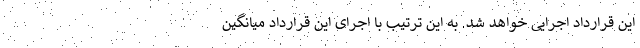
این قرارداد اجرایی خواهد شد. به این ترتیب با اجرای این قرارداد میانگین